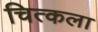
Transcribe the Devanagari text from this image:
चित्कला